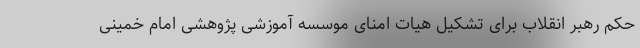
حکم رهبر انقلاب برای تشکیل هیات امنای موسسه آموزشی پژوهشی امام خمینی